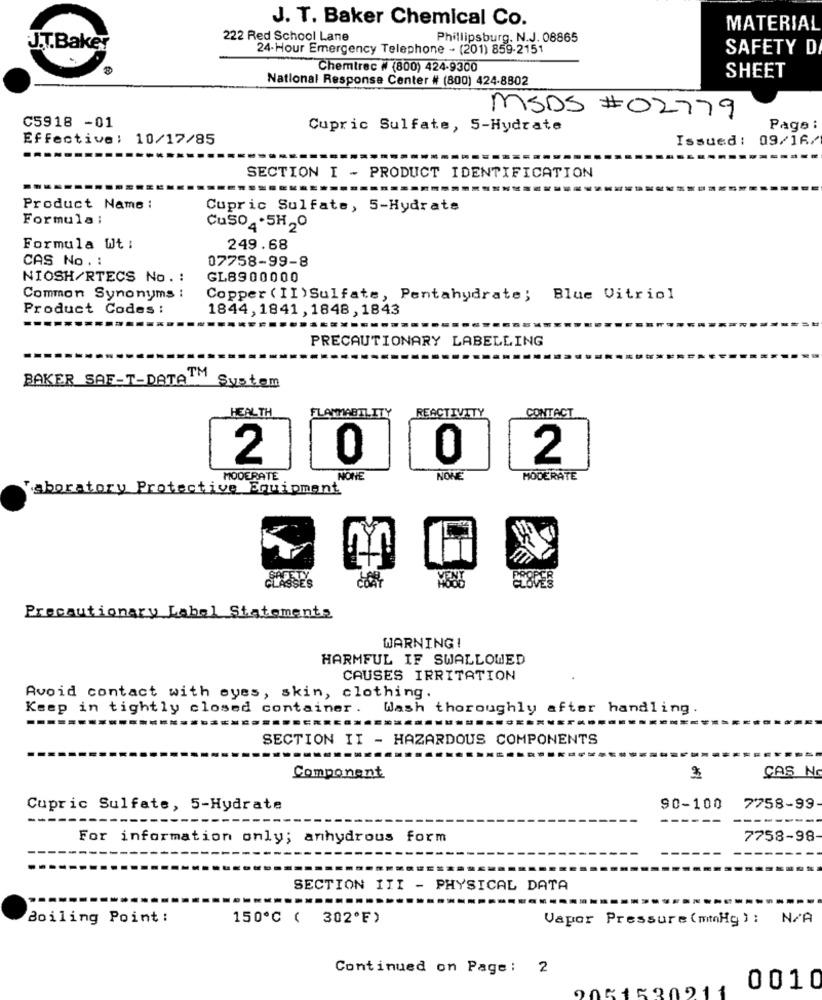
J. T. Baker Chemical Co.
MATERIAL
222 Red School Lane
Phillipsburg. N.J. 08865
J.T.Baker
24-Hour Emergency Telephone - (201) 859-2151
SAFETY D
Chemtrec # (800) 424-9300
National Response Center # (800) 424-8802
SHEET
MSDS #02779
C5918 -01
Cupric Sulfate, 5-Hydrate
Page :
Effective: 10/17/85
Issued: 09/16/
SECTION I - PRODUCT IDENTIFICATION
Product Name :
Cupric Sulfate, 5-Hydrate
Formula :
CuSo4.5H20
Formula Wt :
249.68
CAS No . :
07758-99-8
NIOSH/RTECS No. :
GL8900000
Common Synonyms :
Copper ( II) Sulfate, Pentahydrate; Blue Vitriol
Product Codes :
1844,1841,1848, 1843
PRECAUTIONARY LABELLING
BAKER SAF-T-DATATM
System
HEALTH
CONTACT
FLAMMABILITY
REACTIVITY
2
0
0
2
MODERATE
NONE
NONE
MODERATE
aboratory Protective Equipment
Precautionary Label Statements
WARNING!
HARMFUL IF SWALLOWED
CAUSES IRRITATION
Avoid contact with eyes, skin, clothing.
Keep in tightly closed container. Wash thoroughly after handling
SECTION II - HAZARDOUS COMPONENTS
CAS No
Component
2
Cupric Sulfate, 5-Hydrate
90-100
7758-99
----
For information only; anhydrous form
7758-98
SECTION III - PHYSICAL DATA
Boiling Point :
150℃ ( 302ºF)
Vapor Pressure (mmHg): N/A
Continued on Page: 2
5202
0010